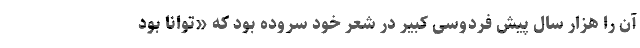
آن را هزار سال پیش فردوسی کبیر در شعر خود سروده بود که «توانا بود